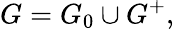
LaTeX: G=G_{0}\cup G^{+},